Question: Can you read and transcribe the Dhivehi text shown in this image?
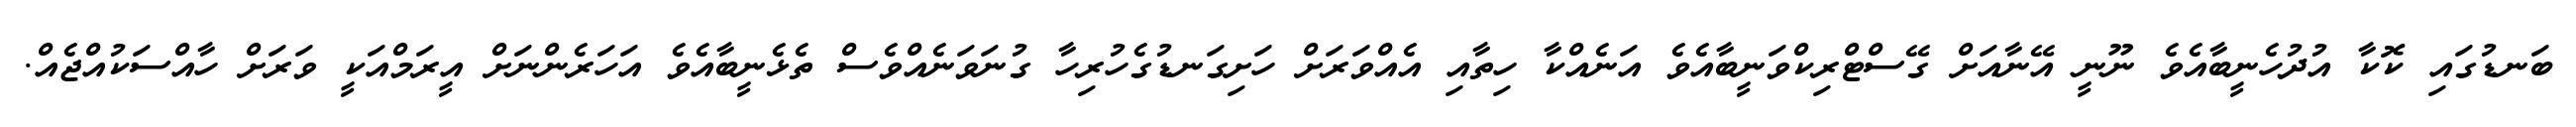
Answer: ބަނޑުގައި ކޮކާ އުދުހެނީބާއެވެ ނޫނީ އޭނާއަށް ގޭސްޓްރިކްވަނީބާއެވެ އަނެއްކާ ހިތާއި އެއްވަރަށް ހަށިގަނޑުގެހުރިހާ ގުނަވަނެއްވެސް ތެޅެނީބާއެވެ އަހަރެންނަށް އީރަމްއަކީ ވަރަށް ހާއްސަކުއްޖެއް.